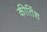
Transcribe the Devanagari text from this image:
कीर्तिश